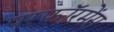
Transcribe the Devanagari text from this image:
परफ़ॉरमेंस